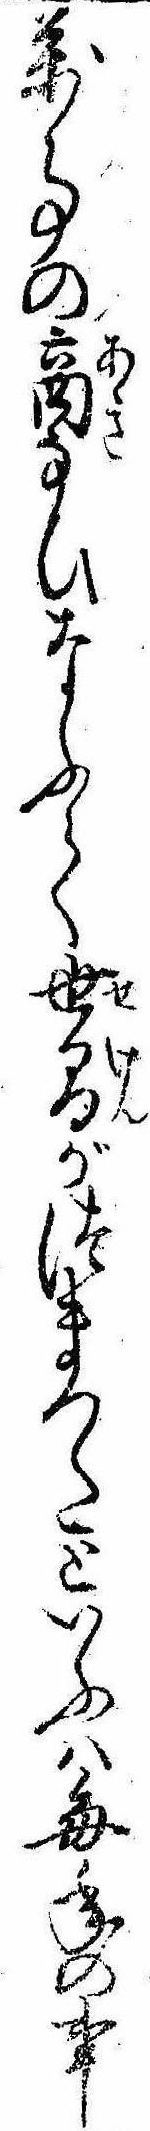
万事の商なひなふて世間がつまつたといふは毎年の事